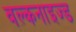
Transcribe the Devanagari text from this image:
वल्कनाइज्ड